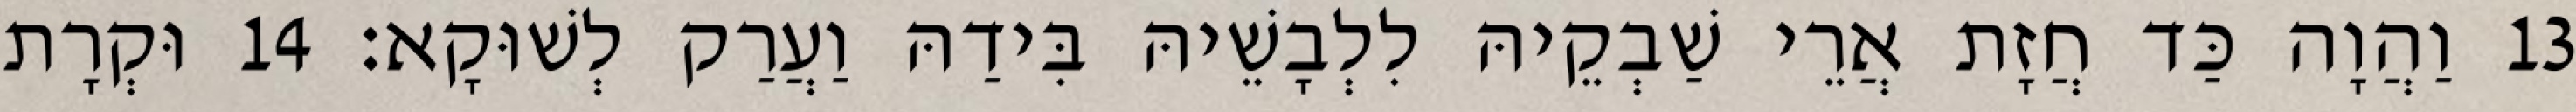
13 וַהֲוָה כַּד חֲזָת אֲרֵי שַׁבְקֵיהּ לִלְבָשֵׁיהּ בִּידַהּ וַעֲרַק לְשׁוּקָא׃ 14 וּקְרָת